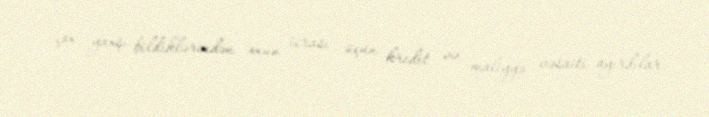
çox yaxşı bildiklərindən onun icrası üçün kredit və maliyyə vəsaiti ayırdılar.